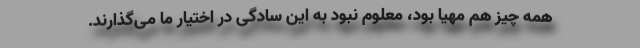
همه چیز هم مهیا بود، معلوم نبود به این سادگی در اختیار ما می‌گذارند.